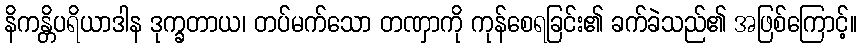
နိကန္တိပရိယာဒါန ဒုက္ခတာယ၊ တပ်မက်သော တဏှာကို ကုန်စေရခြင်း၏ ခက်ခဲသည်၏ အဖြစ်ကြောင့်။